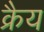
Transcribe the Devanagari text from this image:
क्रैय